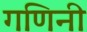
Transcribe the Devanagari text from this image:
गणिनी